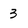
Character: 3